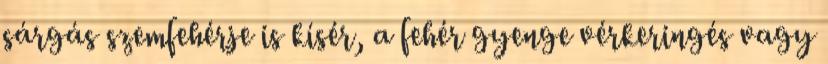
sárgás szemfehérje is kísér, a fehér gyenge vérkeringés vagy